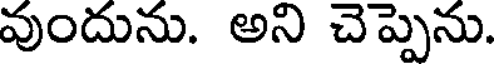
వుందును. అని చెప్పెను.